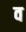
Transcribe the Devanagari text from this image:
व